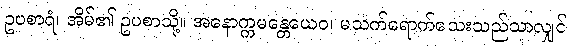
ဥပစာရံ၊ အိမ်၏ ဥပစာသို့။ အနောက္ကမန္တေယေဝ၊ မသက်ရောက်သေးသည်သာလျှင်